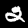
Label: 2